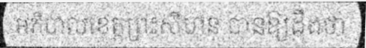
អភិបាលខេត្តព្រះសីហនុ បានឱ្យដឹងថា